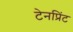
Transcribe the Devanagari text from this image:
टेनप्रिंट